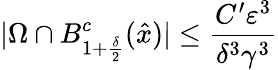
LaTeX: |\Omega\cap B_{1+\frac{\delta}{2}}^{c}(\hat{x})|\leq\frac{C^{\prime}\varepsilon^{3}}{\delta^{3}\gamma^{3}}